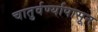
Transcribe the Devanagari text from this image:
चातुर्वर्ण्यापासून